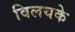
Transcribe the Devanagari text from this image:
विलयके